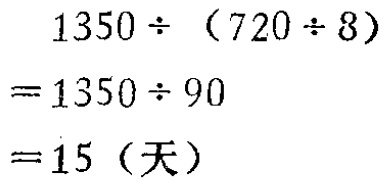
\[
\begin{align*}
1350\div(720\div8)&\\
=1350\div90&\\
=15 (\text{天})
\end{align*}
\]